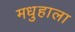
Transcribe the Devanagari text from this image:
मधुहाला